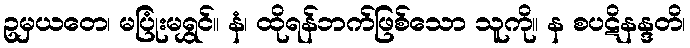
ဥမှယတေ၊ မပြုံးမရွှင်။ နံ၊ ထိုရန်ဘက်ဖြစ်သော သူကို။ န စပဋိနန္ဒတိ၊